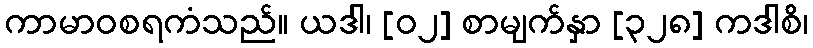
ကာမာဝစရကံသည်။ ယဒါ၊ [၀၂] စာမျက်နှာ [၃၂၈] ကဒါစိ၊